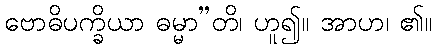
ဗောဓိပက္ခိယာ ဓမ္မာ”တိ၊ ဟူ၍။ အာဟ၊ ၏။